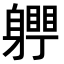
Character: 𨊀